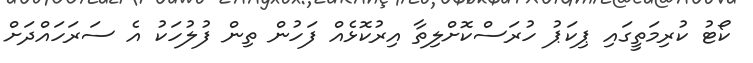
ކޯޓު ކުރިމަތީގައި ޕިކަޕު ހުރަސްކޮށްލިތާ އިރުކޮޅެއް ފަހުން ތިން ފުލުހަކު އެ ސަރަހައްދަށް